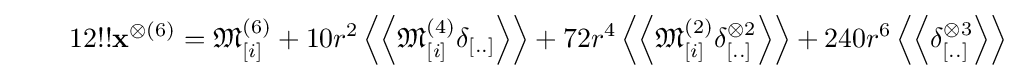
\qquad 12!!\mathbf {x} ^{\otimes (6)}={\mathfrak {M}}_{[i]}^{(6)}+10r^{2}\left\langle \left\langle {\mathfrak {\mathfrak {M}}}_{[i]}^{(4)}\delta _{[..]}\right\rangle \right\rangle +72r^{4}\left\langle \left\langle {\mathfrak {M}}_{[i]}^{(2)}\delta _{[..]}^{\otimes 2}\right\rangle \right\rangle +240r^{6}\left\langle \left\langle \delta _{[..]}^{\otimes 3}\right\rangle \right\rangle